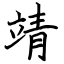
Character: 靖